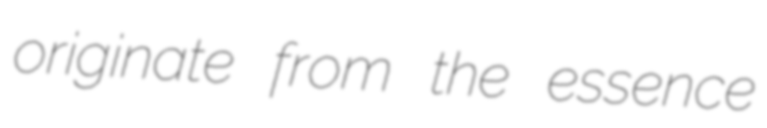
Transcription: originate from the essence